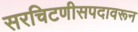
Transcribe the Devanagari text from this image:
सरचिटणीसपदावरून